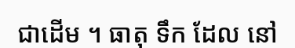
ជាដើម ។ ធាតុ ទឹក ដែល នៅ